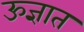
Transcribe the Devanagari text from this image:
ऊज्ञात